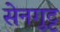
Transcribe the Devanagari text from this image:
सेनगुट्ट